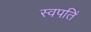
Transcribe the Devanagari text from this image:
स्वपतिं